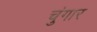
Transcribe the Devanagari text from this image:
चुंगार